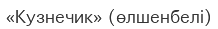
«Кузнечик» (өлшенбелі)